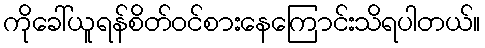
ကိုခေါ်ယူရန်စိတ်ဝင်စားနေကြောင်းသိရပါတယ်။